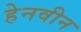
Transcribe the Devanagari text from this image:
हेनवीन